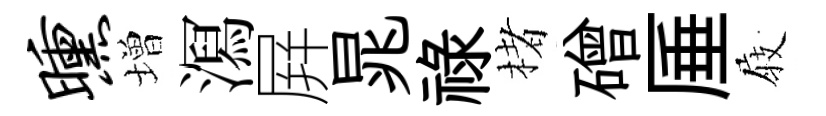
曛増㵼屛晁祿楮磳厜𡲆